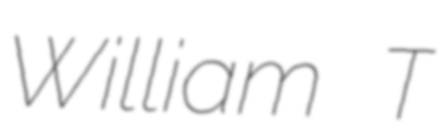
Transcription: William T